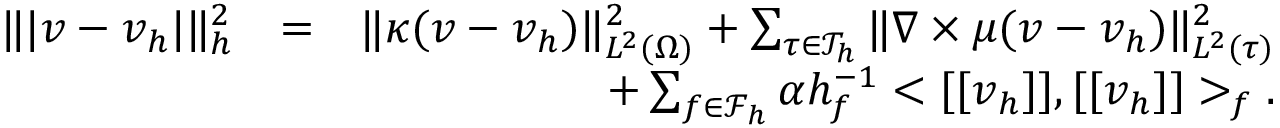
\begin{array} { r l r } { \| \vert \boldsymbol { v } - \boldsymbol { v } _ { h } \vert \| _ { h } ^ { 2 } } & { = } & { \| \kappa ( \boldsymbol { v } - \boldsymbol { v } _ { h } ) \| _ { L ^ { 2 } ( \Omega ) } ^ { 2 } + \sum _ { \tau \in \mathcal { T } _ { h } } \| \nabla \times \mu ( \boldsymbol { v } - \boldsymbol { v } _ { h } ) \| _ { L ^ { 2 } ( \tau ) } ^ { 2 } } \\ & { } & { + \sum _ { f \in \mathcal { F } _ { h } } \alpha h _ { f } ^ { - 1 } < [ [ \boldsymbol { v } _ { h } ] ] , [ [ \boldsymbol { v } _ { h } ] ] > _ { f } . } \end{array}